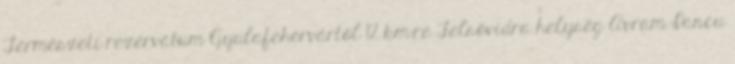
Természeti rezervátum Gyulafehérvártól 12 km-re Felsővidra helység Avram Iancu